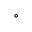
^ \circ